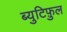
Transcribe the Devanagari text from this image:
ब्युटिफ़ुल